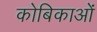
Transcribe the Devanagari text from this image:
कोबिकाओं